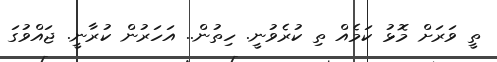
ތީ ވަރަށް މޮޅު ކަމެއް ތި ކުރެވުނީ. ހިތުން.. އަހަރުން ކުރާނީ. ޖައްވުގަ